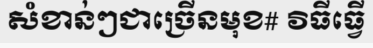
សំខាន់ៗជាច្រើនមុខ# វិធីធ្វើ